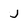
Character: j